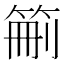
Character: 䈀